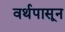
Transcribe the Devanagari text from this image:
वर्थपासून